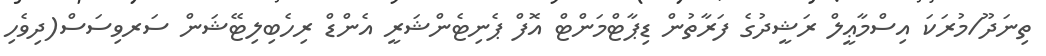
ތިނަދޫ/މުރަކަ އިސްމާޢީލް ރަޝީދުގެ ފަރާތުން ޑިޕާޓްމަންޓް އޮފް ޕެނިޓެންޝަރީ އެންޑް ރިހެބިލިޓޭޝަން ސަރވިސަސް(ދިވެހި